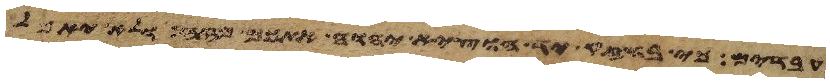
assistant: עבדים כי בחזק יד הוציא יהוה אתכם מזה ולא